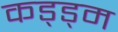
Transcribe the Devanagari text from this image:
कड्ड्म